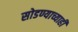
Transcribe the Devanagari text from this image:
सोडण्याच्याही